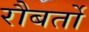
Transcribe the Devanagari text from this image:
रौबर्तो